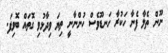
ނޫން ތެލާ ފެނާ ހަކުރާ ހަނޑޫވެސް ހުންނާނީ ތިޔަ ވިދާޅުވި ގޮތައް ބޮވިފަ.